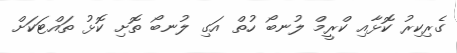
ގެރިކިރު ކޮޅާއި ކްރީމް ލުނބޯ ހުތް އަގި ލުނބޯ ތޮށި ކޮޅު ތައްޓަކަށް